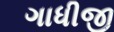
ગાધીજી